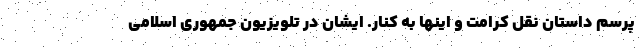
پرسم داستان نقل کرامت و اینها به کنار. ایشان در تلویزیون جمهوری اسلامی